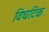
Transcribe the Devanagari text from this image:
विघटिक